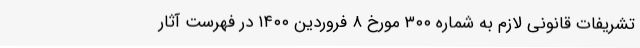
تشریفات قانونی لازم به شماره ۳۰۰ مورخ ۸ فروردین ۱۴۰۰ در فهرست آثار